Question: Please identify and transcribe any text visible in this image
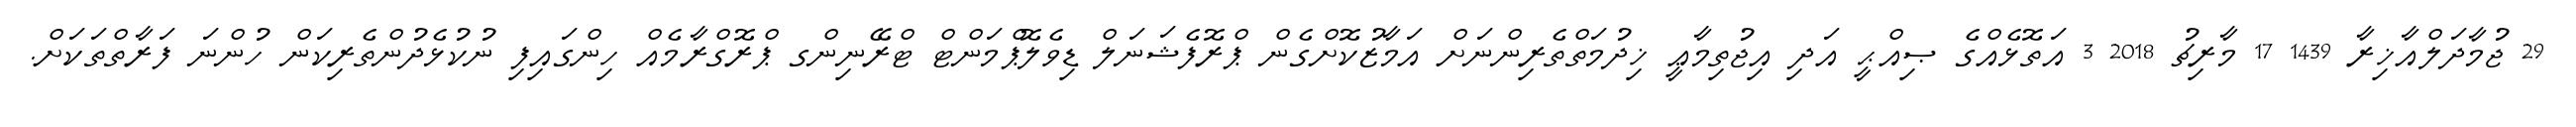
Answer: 29 ޖުމާދަލްއާޚިރާ 1439 17 މާރިޗު 2018 3 އަތޮޅެއްގެ ޞިއްޙީ އަދި އިޖުތިމާޢީ ޚިދުމަތްތެރިންނަށް އަމާޒުކޮށްގެން ޕްރޮފެޝަނަލް ޑިވެލޮޕްމަންޓް ޓްރޭނިންގ ޕްރޮގްރާމެއް ހިންގައިފި ނުކުޅެދުންތެރިކަން ހުންނަ ފަރާތްތަކަށް.